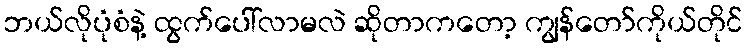
ဘယ်လိုပုံစံနဲ့ ထွက်ပေါ်လာမလဲ ဆိုတာကတော့ ကျွန်တော်ကိုယ်တိုင်